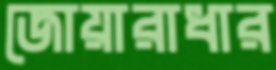
জোয়ারাধার